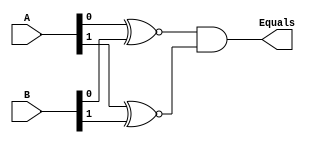
module Comparator2(
   input [1:0] A, B,
   output reg Equals);      		                  	          	

    //reg Equals;
    always @(A , B)
        Equals <= (A[0] ~^ B[0]) & (A[1] ~^ B[1]) ;
endmodule